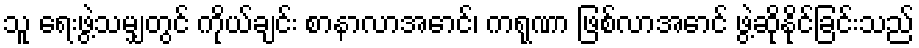
သူ ရေးဖွဲ့သမျှတွင် ကိုယ်ချင်း စာနာလာအောင်၊ ကရုဏာ ဖြစ်လာအောင် ဖွဲ့ဆိုနိုင်ခြင်းသည်